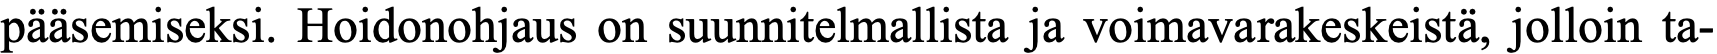
pääsemiseksi. Hoidonohjaus on suunnitelmallista ja voimavarakeskeistä, jolloin ta-